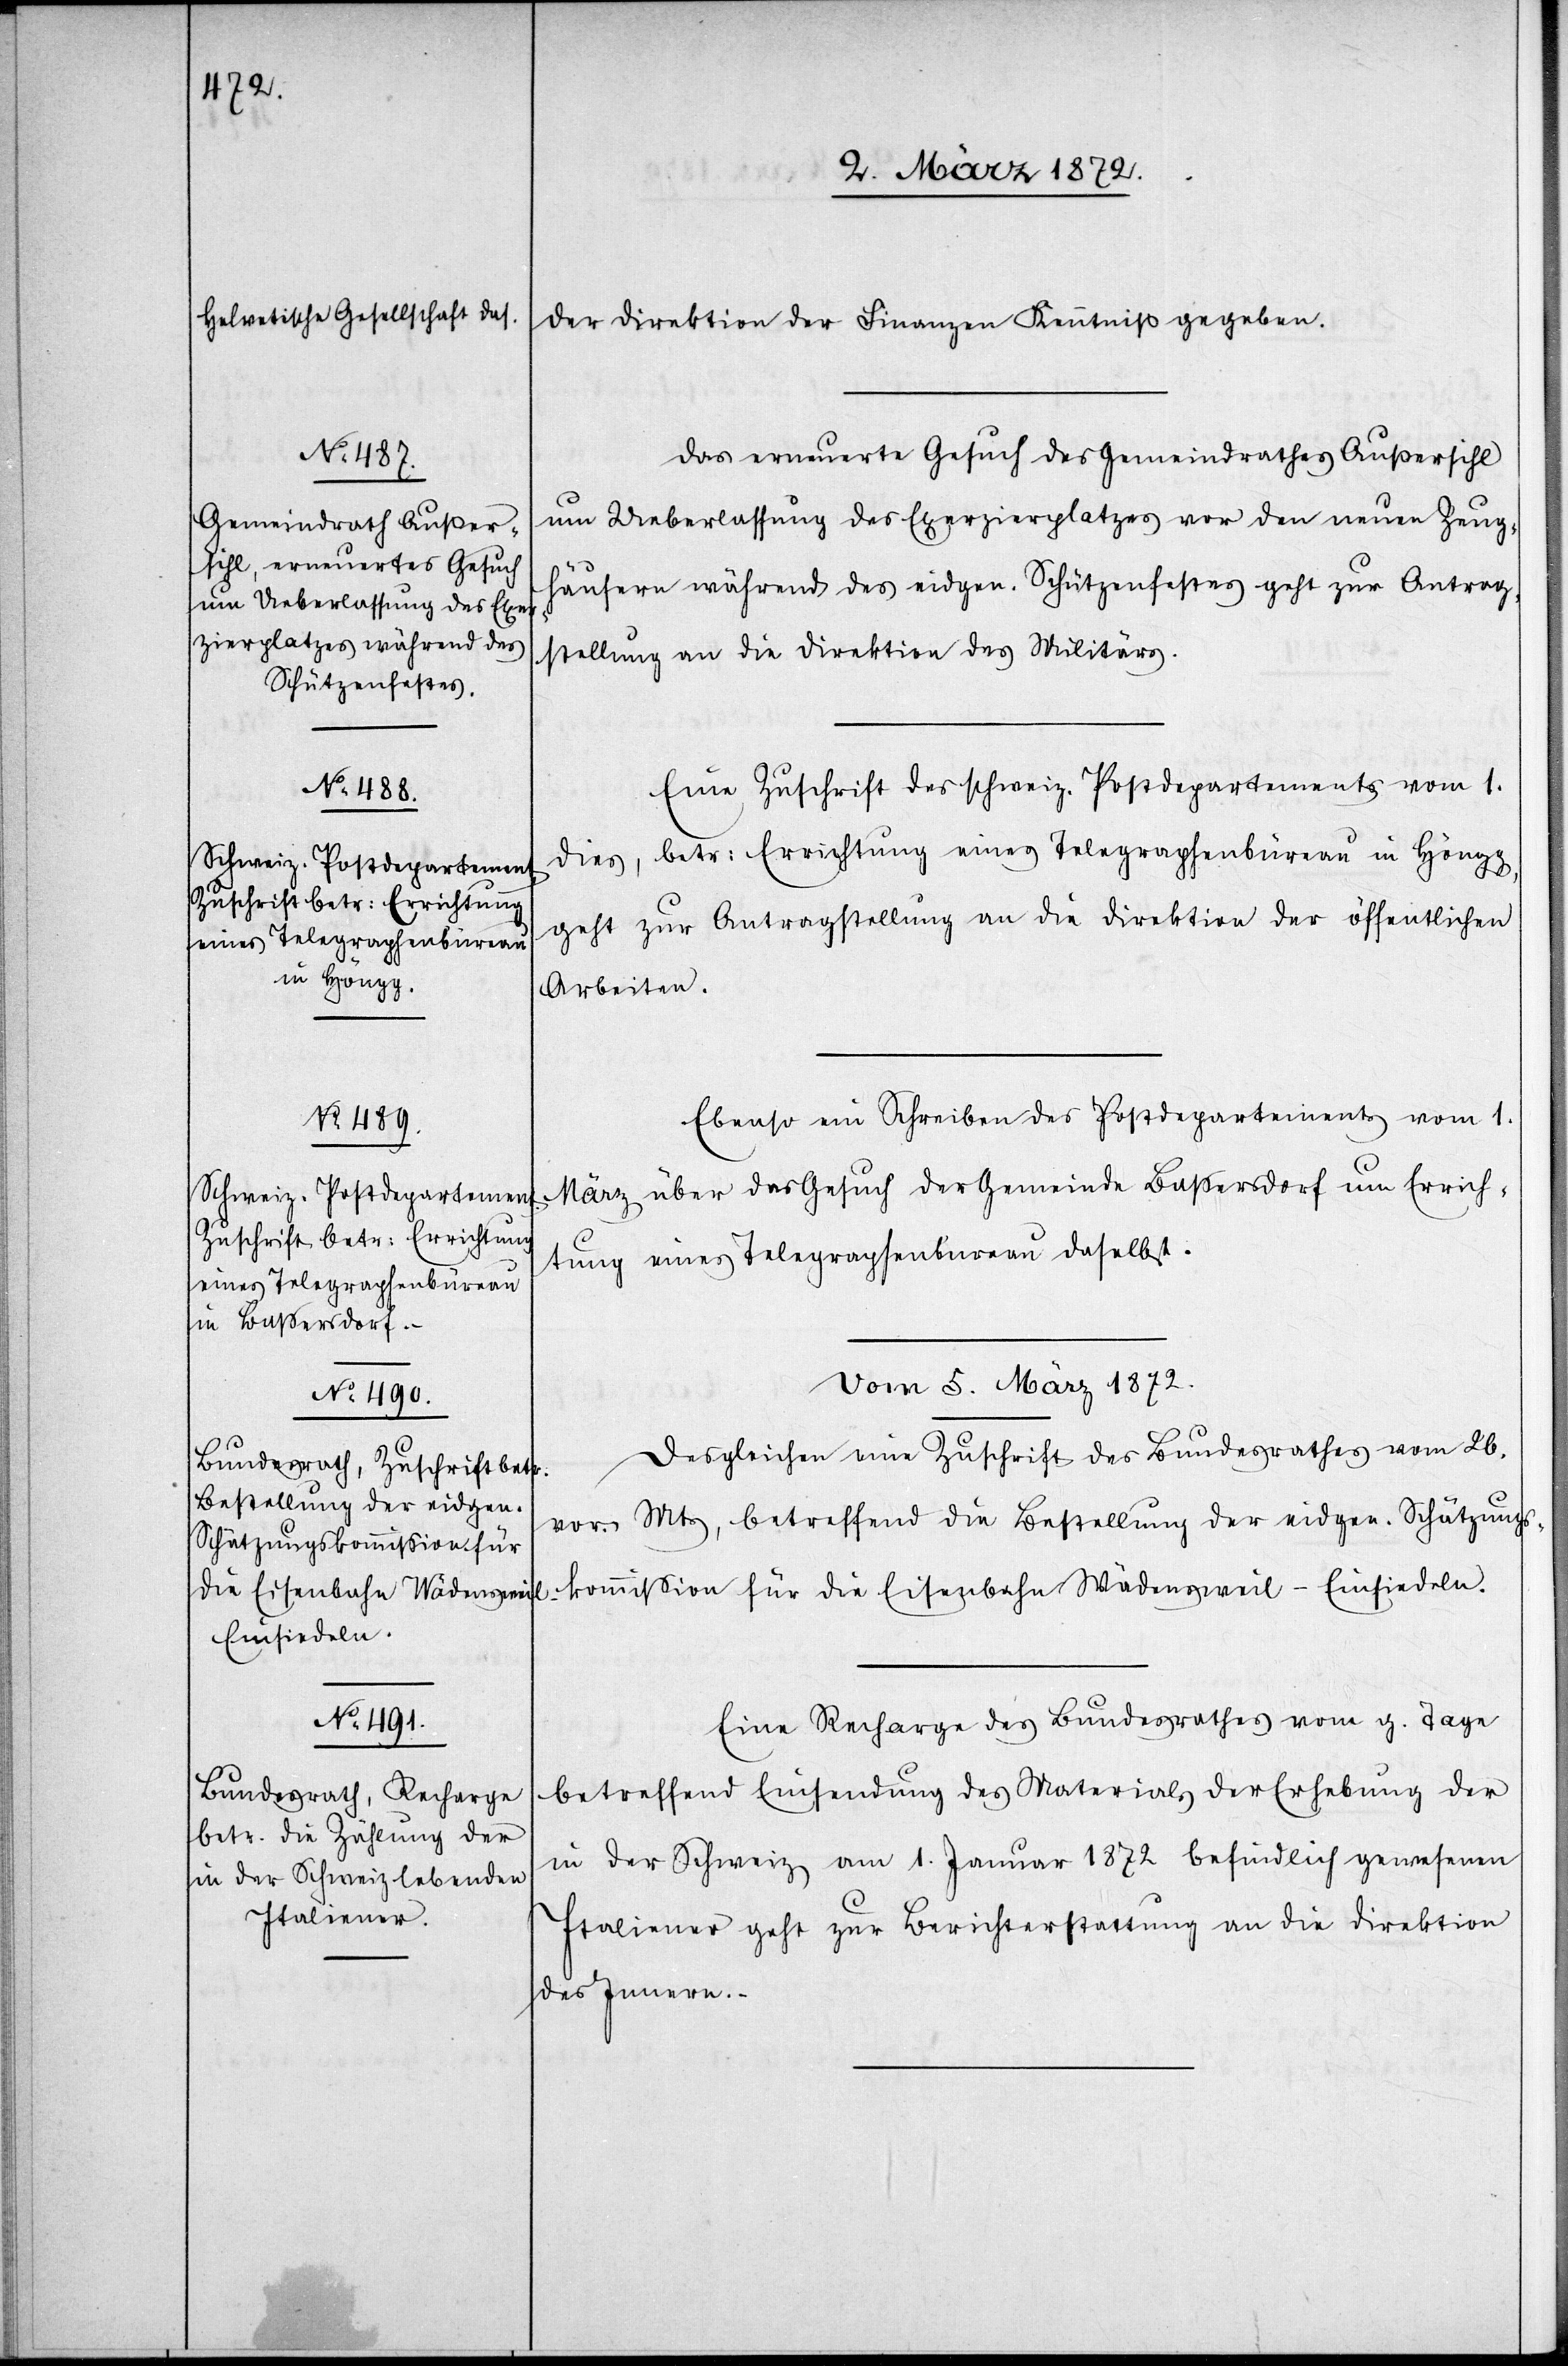
der Direktion der Finanzen Kenntniß gegeben.
Das erneuerte Gesuch des Gemeindrathes Außersihl
um Ueberlassung des Exerzierplatzes vor den neuen Zeugh¬
äusern während des eidgen. Schützenfestes geht zur Antrag¬
stellung an die Direktion des Militärs.
Eine Zuschrift des schweiz. Postdepartements vom 1.
dies, betr. Errichtung eines Telegraphenbüreau in Höngg,
geht zur Antragstellung an die Direktion der öffentlichen
Arbeiten.
Ebenso ein Schreiben des Postdepartements vom 1.
März über das Gesuch der Gemeinde Bassersdorf um Errich¬
tung eines Telegraphenbureau daselbst.
vom 5. März 1872.]
Desgleichen eine Zuschrift des Bundesrathes vom 20.
vor. Mts, betreffend die Bestellung der eidgen. Schätzungs¬
kommission für die Eisenbahn Wädensweil–Einsiedeln.
Eine Recharge des Bundesrathes vom g. Tage
betreffend Einsendung des Materials der Erhebung der
in der Schweiz am 1. Januar 1872 befindlich gewesenen
Italiener geht zur Berichterstattung an die Direktion
des Innern.